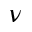
\nu